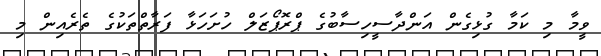
ވީމާ މި ކަމާ ގުޅިގެން އަންދާސީހިސާބުގެ ޕްރޮޕޯޒަލް ހުށަހަޅާ ފަރާތްތަކުގެ ތެރެއިން މި